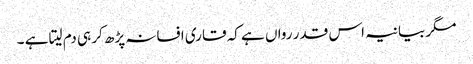
مگر بیانیہ اس قدر رواں ہے کہ قاری افسانہ پڑھ کر ہی دم لیتا ہے ۔